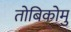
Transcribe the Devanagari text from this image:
तोबिकोमु